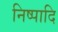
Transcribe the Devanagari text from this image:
निष्पादि